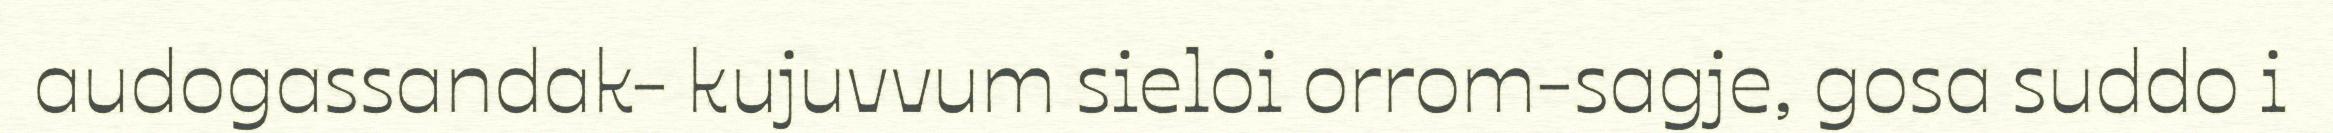
audogassandak- kujuvvum sieloi orrom-sagje, gosa suddo i